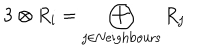
LaTeX: { \bf 3 } \otimes R _ { i } = \bigoplus _ { j \in \mathrm { N e i g h b o u r s } } R _ { j }